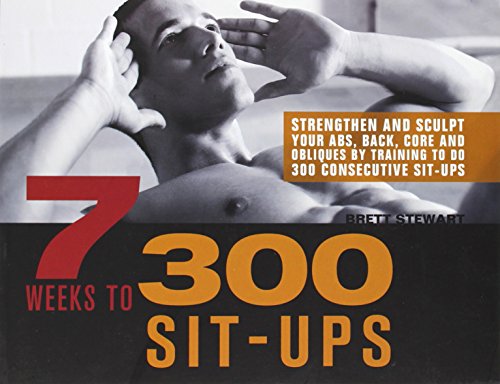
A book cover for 7 Weeks to 300 Sit-Ups: Strengthen and Sculpt Your Abs, Back, Core and Obliques by Training to Do 300 Consecutive Sit-Ups; Brett Stewart; Health, Fitness & Dieting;